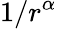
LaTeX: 1/r^{\alpha}